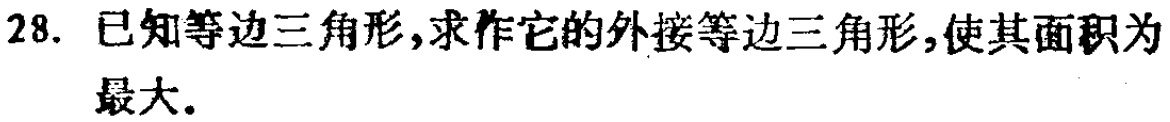
28. 已知等边三角形,求作它的外接等边三角形,使其面积为最大.